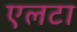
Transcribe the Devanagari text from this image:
एलटा